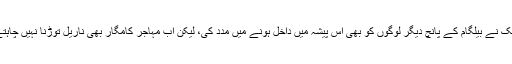
نائک نے بیلگام کے پانچ دیگر لوگوں کو بھی اس پیشہ میں داخل ہونے میں مدد کی، لیکن اب مہاجر کامگار بھی ناریل توڑنا نہیں چاہتے۔